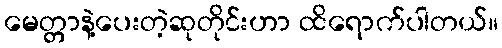
မေတ္တာနဲ့ပေးတဲ့ဆုတိုင်းဟာ ထိရောက်ပါတယ်။